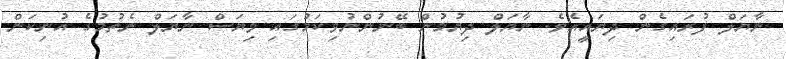
ނާޔަލް ފުރައިގެން ދިޔައީއެވެ. ނާޔަލް ދިޔުމުން ބޭނުންނުވިކަމުގައި ވިޔަސް ނާޔަލް ނެތުމުގެ އުނިކަން